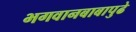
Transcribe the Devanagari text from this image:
भगवानबाबापुढे